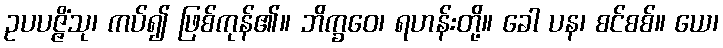
ဥပပဇ္ဇိံသု၊ ကပ်၍ ဖြစ်ကုန်၏။ ဘိက္ခဝေ၊ ရဟန်းတို့။ ခေါ ပန၊ စင်စစ်။ ယေ၊